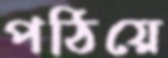
পঠিয়ে